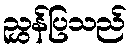
ညွှန်ပြသည်